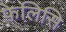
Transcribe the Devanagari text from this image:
फेलिसि